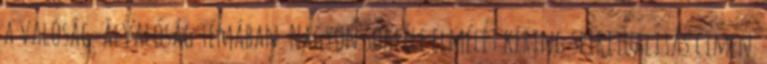
a valóság-álvalóság témában. Nagyon sokféle elmélet kering spiritualitás címen.